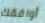
أوافقك